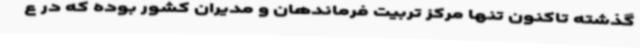
گذشته تاکنون تنها مرکز تربیت فرماندهان و مدیران کشور بوده که در ع